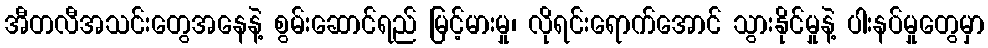
အီတလီအသင်းတွေအနေနဲ့ စွမ်းဆောင်ရည် မြင့်မားမှု၊ လိုရင်းရောက်အောင် သွားနိုင်မှုနဲ့ ပါးနပ်မှုတွေမှာ